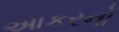
આકરનો